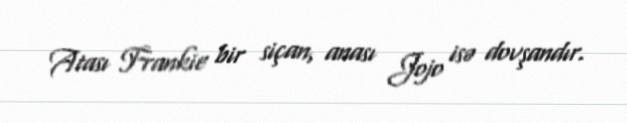
Atası Frankie bir siçan, anası Jojo isə dovşandır.